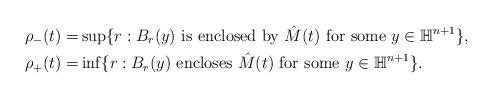
LaTeX: \begin{align*}\rho_-(t) =& \sup \{ r: B_r(y) \textrm{ is enclosed by } \hat{M}(t) \textrm{ for some } y \in \mathbb{H}^{n+1}\},\\\rho_+(t) =& \inf \{ r: B_r(y) \textrm{ encloses } \hat{M}(t) \textrm{ for some } y \in \mathbb{H}^{n+1}\}.\end{align*}